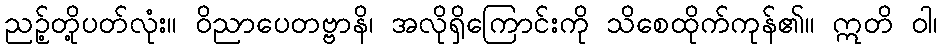
ညဉ့်တို့ပတ်လုံး။ ဝိညာပေတဗ္ဗာနိ၊ အလိုရှိကြောင်းကို သိစေထိုက်ကုန်၏။ ဣတိ ဝါ၊